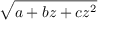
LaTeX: \sqrt { a + b z + c z ^ { 2 } }